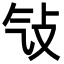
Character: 㪂